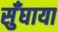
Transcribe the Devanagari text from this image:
सुँघाया